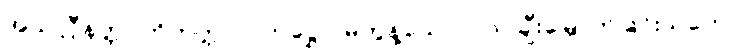
အသလ္လီနတ္တပဟိတတ္တ ပဂ္ဂဟဋ္ဌော၊ မတွန့်သော။ လ။ ချီးမြှောက်ခြင်းသဘော။